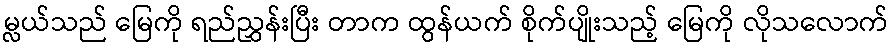
မ္လယ်သည် မြေကို ရည်ညွှန်းပြီး တာက ထွန်ယက် စိုက်ပျိုးသည့် မြေကို လိုသလောက်